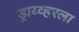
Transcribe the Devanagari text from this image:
ड्राय्व्हरला